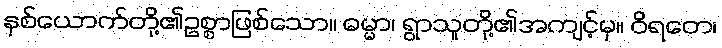
နှစ်ယောက်တို့၏ဥစ္စာဖြစ်သော။ ဓမ္မာ၊ ရွာသူတို့၏အကျင့်မှ။ ဝိရတေ၊